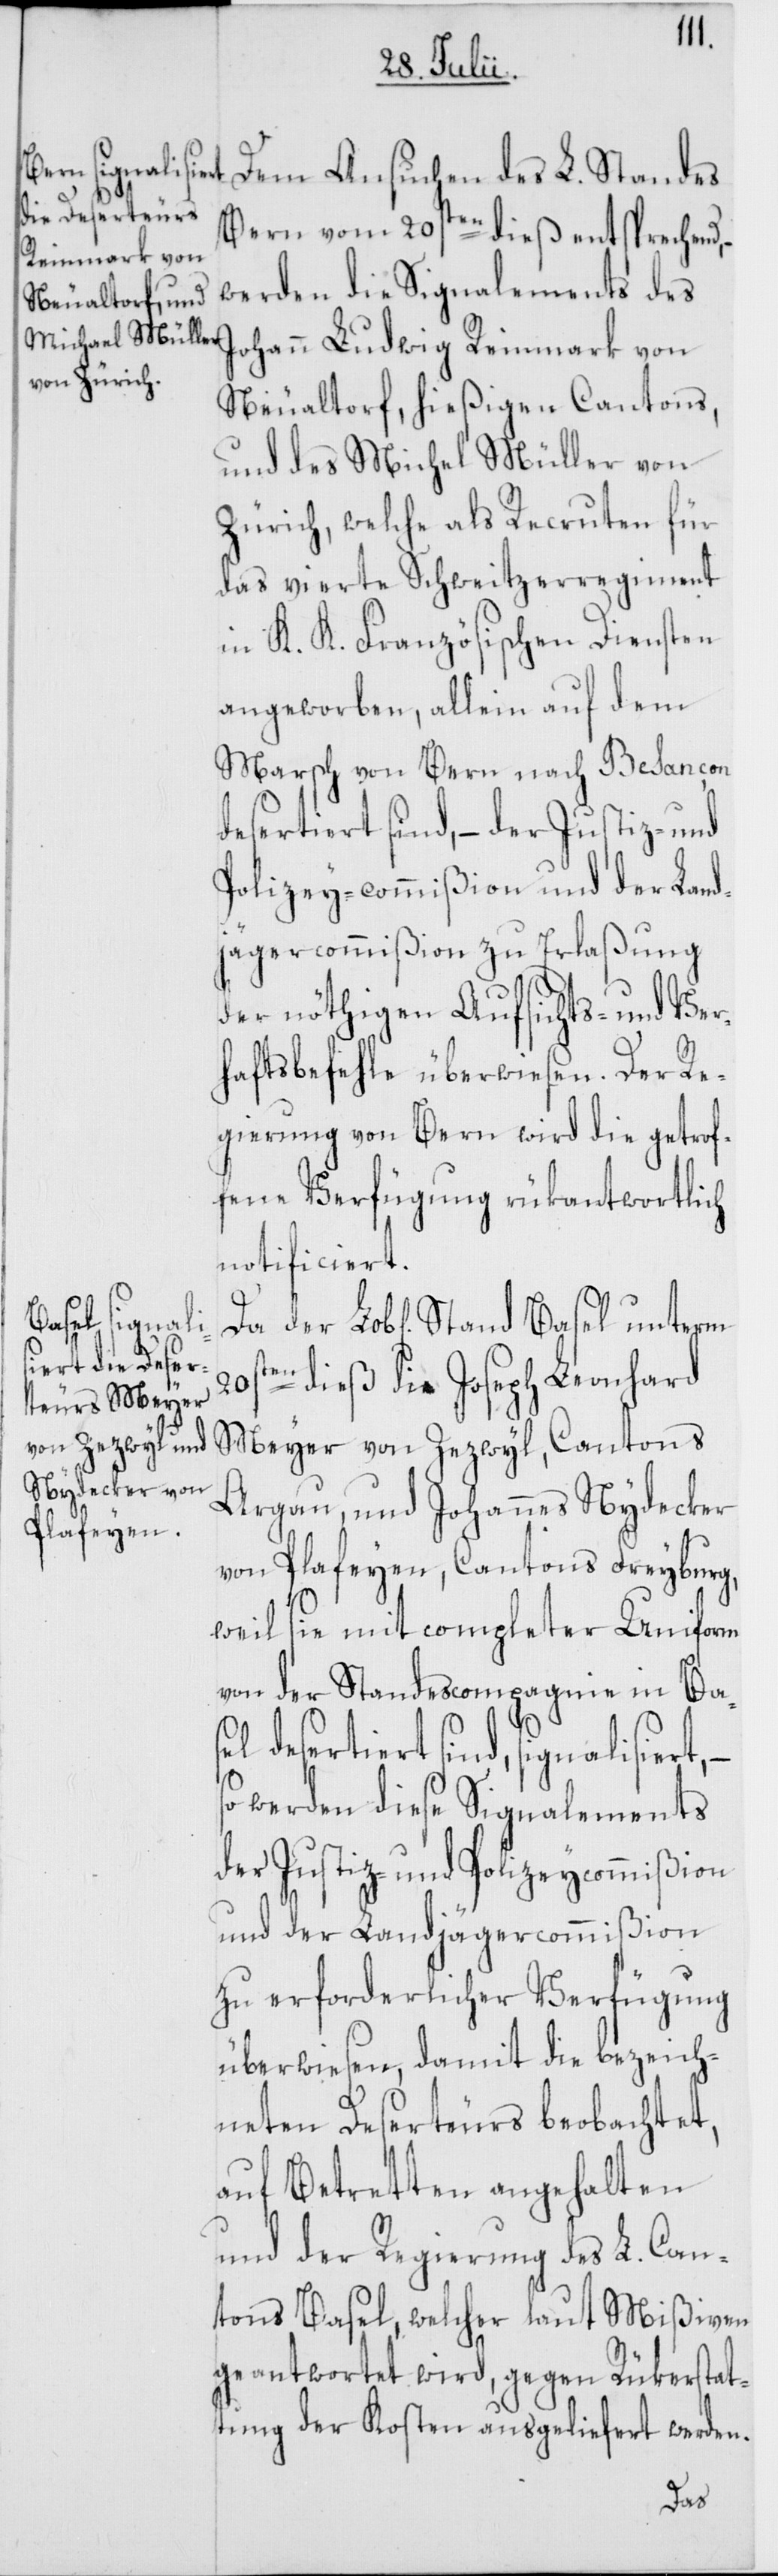
der Lob[liche]

Dem Ansuchen des L. Standes
Bern vom 20sten dieß entsprechend,
werden die Signalements des
Johann Ludwig Reinmark von
Neualtorf, hießigen Cantons,
und des Michael Müller von
Zürich, welche als Recruten für
das vierte Schweitzerregiment
in K. K. Französischen Diensten
angeworben, allein auf dem
Marsch von Bern nach Besançon
desertiert sind, – der Justiz- und
Polizey-commißion und der Land¬
jägercommißion zu Erlaßung
der nöthigen Aufsichts- und Ver¬
haftsbefehle überwiesen. Der Re¬
gierung von Bern wird die getrof¬
fene Verfügung rükantwortlich
notificiert.
20sten dieß die Joseph Leonhard
Meyer von Zezwyl, Cantons
Argau, und Johannes Nydecker
von Plafeyen, Cantons Freyburg,
weil sie mit completer Uniform
von der Standescompagnie in Basel
desertiert sind, signalisiert,
so werden diese Signalements
der Justiz- und Polizeycommißion
und der Landjägercommißion
zu erforderlicher Verfügung
überwiesen, damit die bezeich¬
neten Deserteurs beobachtet,
auf Betretten angehalten
und der Regierung des L. Can¬
tons Basel, welcher laut Mißiven
geantwortet wird, gegen Rükerstat¬
tung der Kosten ausgeliefert werden.
Da